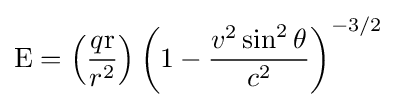
\mathrm {E} =\left({\frac {q\mathrm {r} }{r^{2}}}\right)\left(1-{\frac {v^{2}\sin ^{2}\theta }{c^{2}}}\right)^{-3/2}